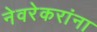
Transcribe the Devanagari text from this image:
नेवरेकरांना